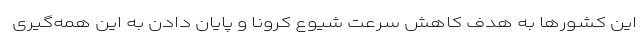
این کشورها به هدف کاهش سرعت شیوع کرونا و پایان دادن به این همه‌گیری